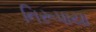
નિરૂપાયા